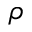
\rho